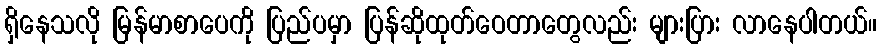
ရှိနေသလို မြန်မာစာပေကို ပြည်ပမှာ ပြန်ဆိုထုတ်ဝေတာတွေလည်း များပြား လာနေပါတယ်။